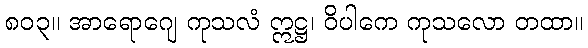
၈၀၃။ အာရောဂျေ ကုသလံ ဣဋ္ဌ၊ ဝိပါကေ ကုသလော တထာ။